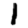
Digit: 1